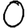
Digit: 0